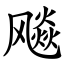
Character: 飚